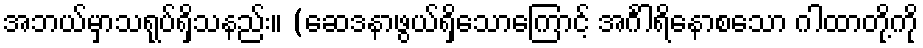
အဘယ်မှာသရုပ်ရှိသနည်း။ (ဆေဒနာဖွယ်ရှိသောကြောင့် အင်္ဂါရိနောစသော ဂါထာတို့ကို